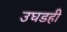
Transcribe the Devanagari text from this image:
उघडही